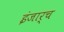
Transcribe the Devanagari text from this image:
इंजार्च